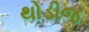
થોડીજ